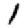
Digit: 1